Note on the mental hospitals in Burma - 1925-1940
Year: 1925
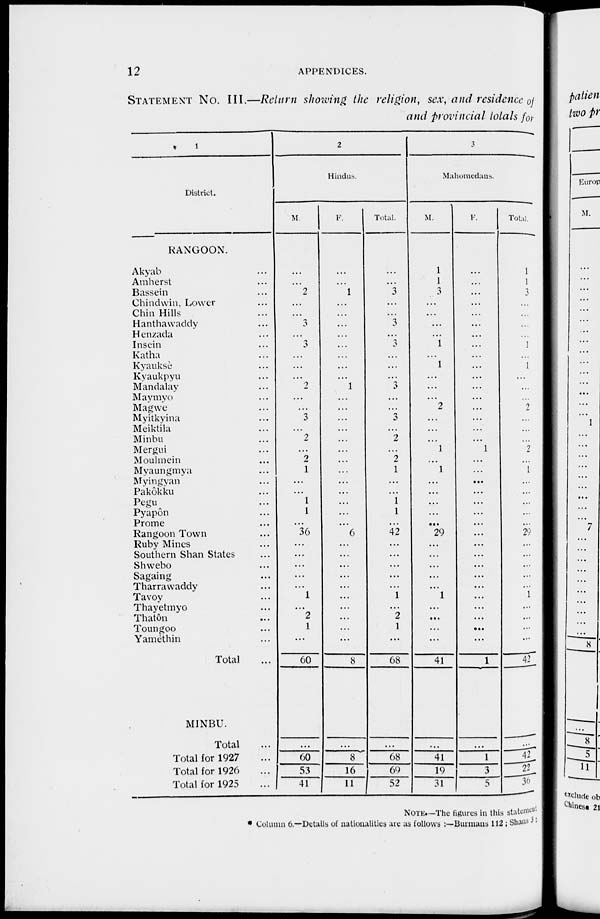
12
APPENDICES.
STATEMENT No. III.—Return showing the religion, sex, and residence of
and provincial totals for
1
District.
RANGOON.
Akyab ...
Amherst ...
Bassein ...
Chindwin, Lower ...
Chin Hills ...
Hanthawaddy ...
Henzada ...
Insein ...
Katha ...
Kyauksè ...
Kyaukpyu ...
Mandalay ...
Maymyo ...
Magwe ...
Myitkyina ...
Meiktila ...
Minbu ...
Mergui ...
Moulmein ...
Myaungmya ...
Myingyan ...
Pakôkku ...
Pegu ...
Pyapôn ...
Prome ...
Rangoon Town ...
Ruby Mines ...
Southern Shan States ...
Shwebo ...
Sagaing ...
Tharrawaddy ...
Tavoy ...
Thayetmyo ...
Thatôn ...
Toungoo ...
Yamèthin ...
Total ...
MINBU.
Total ...
Total for 1927 ...
Total for 1926 ...
Total for 1925 ...
2
Hindus.
M.
...
...
2
...
...
3
...
3
...
...
...
2
...
...
3
...
2
...
2
1
...
...
1
1
...
36
...
...
...
...
...
1
...
2
1
...
60
...
60
53
41
F.
...
...
1
...
...
...
...
...
...
...
...
1
...
...
...
...
...
...
...
...
...
...
...
...
...
6
...
...
...
...
...
...
...
...
...
...
8
...
8
16
11
Total.
...
...
3
...
...
3
...
3
...
...
...
3
...
...
3
...
2
...
2
1
...
...
1
1
...
42
...
...
...
...
...
1
...
2
1
...
68
...
68
69
52
3
Mahomedans.
M.
1
1
...
...
...
...
. . .
1
...
1
...
...
...
2
...
...
...
1
...
1
...
...
...
...
...
29
...
...
...
...
...
1
...
...
...
...
41
...
41
19
31
F.
...
...
...
...
...
...
...
...
...
...
...
...
...
...
...
...
...
1
...
...
...
...
...
...
...
...
...
...
...
...
...
...
...
...
...
...
1
...
1
3
5
Total.
1
1
3
...
...
...
...
1
...
1
...
...
...
2
...
...
...
2
...
1
...
...
...
...
...
29
...
...
...
...
...
1
...
...
...
...
42
...
42
22
36
NOTE.—The figures in this statement
* Column 6.—Details of nationalities are as follows :—Burmans 112 ; Shans 3: